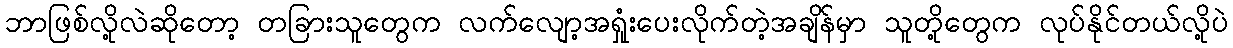
ဘာဖြစ်လို့လဲဆိုတော့ တခြားသူတွေက လက်လျော့အရှုံးပေးလိုက်တဲ့အချိန်မှာ သူတို့တွေက လုပ်နိုင်တယ်လို့ပဲ